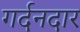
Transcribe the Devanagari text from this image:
गर्दनदार